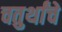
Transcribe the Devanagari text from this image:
चतुर्थांचे